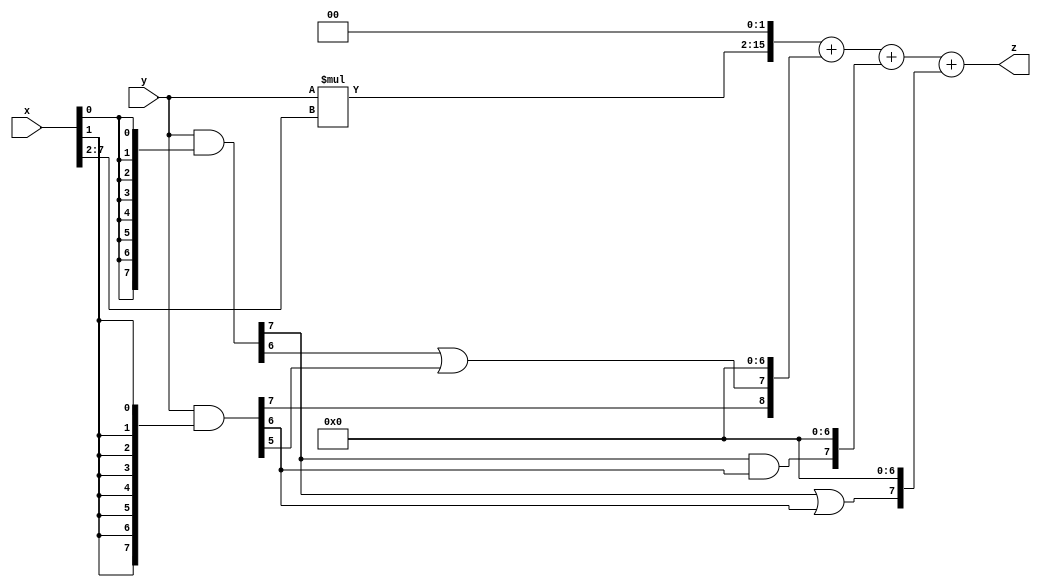
// terms: 4
// fval:  5427.25

module unsigned_8x8_l2_lamb1000_1 (
	input [7:0] x,
	input [7:0] y,
	output [15:0] z
);

wire [13:0] tmp_z = y*x[7:2];

wire [7:0] part1 =  y & {8{x[0]}};
wire [7:0] part2 =  y & {8{x[1]}};

wire [8:0] new_part1;
assign new_part1[0] = 0;
assign new_part1[1] = 0;
assign new_part1[2] = 0;
assign new_part1[3] = 0;
assign new_part1[4] = 0;
assign new_part1[5] = 0;
assign new_part1[6] = 0;
assign new_part1[7] = part1[6] | part2[5];
assign new_part1[8] = part2[7];

wire [7:0] new_part2;
assign new_part2[0] = 0;
assign new_part2[1] = 0;
assign new_part2[2] = 0;
assign new_part2[3] = 0;
assign new_part2[4] = 0;
assign new_part2[5] = 0;
assign new_part2[6] = 0;
assign new_part2[7] = part1[7] & part2[6];

wire [7:0] new_part3;
assign new_part3[0] = 0;
assign new_part3[1] = 0;
assign new_part3[2] = 0;
assign new_part3[3] = 0;
assign new_part3[4] = 0;
assign new_part3[5] = 0;
assign new_part3[6] = 0;
assign new_part3[7] = part1[7] | part2[6];

assign z = {tmp_z, 2'd 0} + new_part1 + new_part2 + new_part3;
endmodule